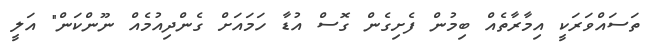
ތަސައްވަރަކީ އިމާރާތެއް ބިމުން ފެށިގެން ގޮސް އުޑާ ހަމައަށް ގެންދިއުމެއް ނޫންކަން" އަލީ